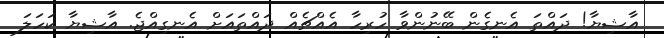
އާޝިޔާ! ދައްތަ އެނގެން ބޭނުންވާ ހުރިހާ އެއްޗެއް ދައްތައަށް އެނގިއްޖެ. އާޝިޔާ ކަހަލަ